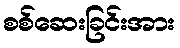
စစ်ဆေးခြင်းအား